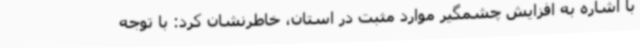
با اشاره به افزایش چشمگیر موارد مثبت در استان، خاطرنشان کرد: با توجه